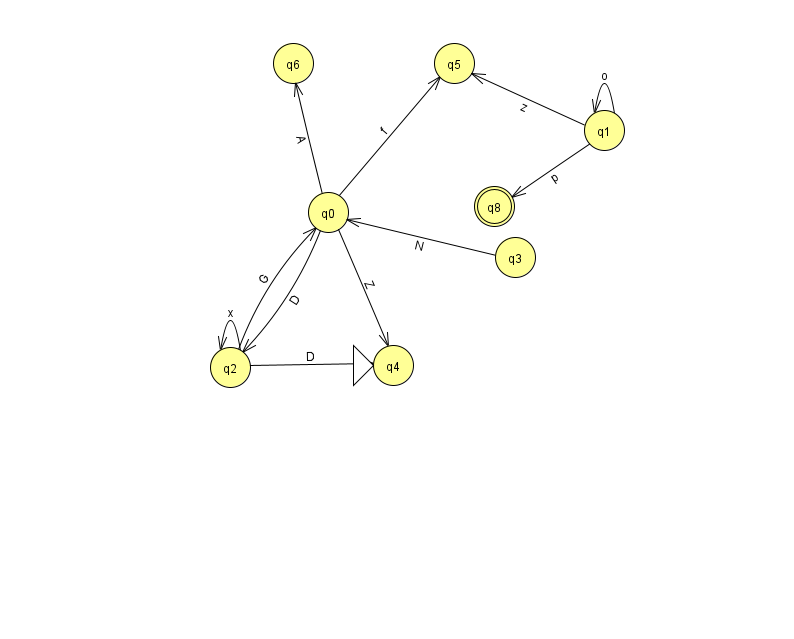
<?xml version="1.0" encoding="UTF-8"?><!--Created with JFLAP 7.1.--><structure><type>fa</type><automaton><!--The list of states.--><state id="0" name="q0"><x>328.0</x><y>199.0</y></state><state id="1" name="q1"><x>604.0</x><y>117.0</y></state><state id="2" name="q2"><x>230.0</x><y>354.0</y></state><state id="3" name="q3"><x>515.0</x><y>244.0</y></state><state id="4" name="q4"><x>393.0</x><y>352.0</y><initial/></state><state id="5" name="q5"><x>454.0</x><y>50.0</y></state><state id="6" name="q6"><x>293.0</x><y>50.0</y></state><state id="8" name="q8"><x>494.0</x><y>193.0</y><final/></state><!--The list of transitions.--><transition><from>1</from><to>5</to><read>z</read></transition><transition><from>1</from><to>8</to><read>p</read></transition><transition><from>3</from><to>0</to><read>N</read></transition><transition><from>2</from><to>0</to><read>G</read></transition><transition><from>0</from><to>2</to><read>D</read></transition><transition><from>0</from><to>4</to><read>Z</read></transition><transition><from>2</from><to>2</to><read>x</read></transition><transition><from>2</from><to>4</to><read>D</read></transition><transition><from>0</from><to>5</to><read>f</read></transition><transition><from>0</from><to>6</to><read>A</read></transition><transition><from>1</from><to>1</to><read>o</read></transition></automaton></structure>